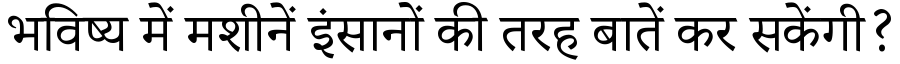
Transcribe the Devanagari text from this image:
भविष्य में मशीनें इंसानों की तरह बातें कर सकेंगी?